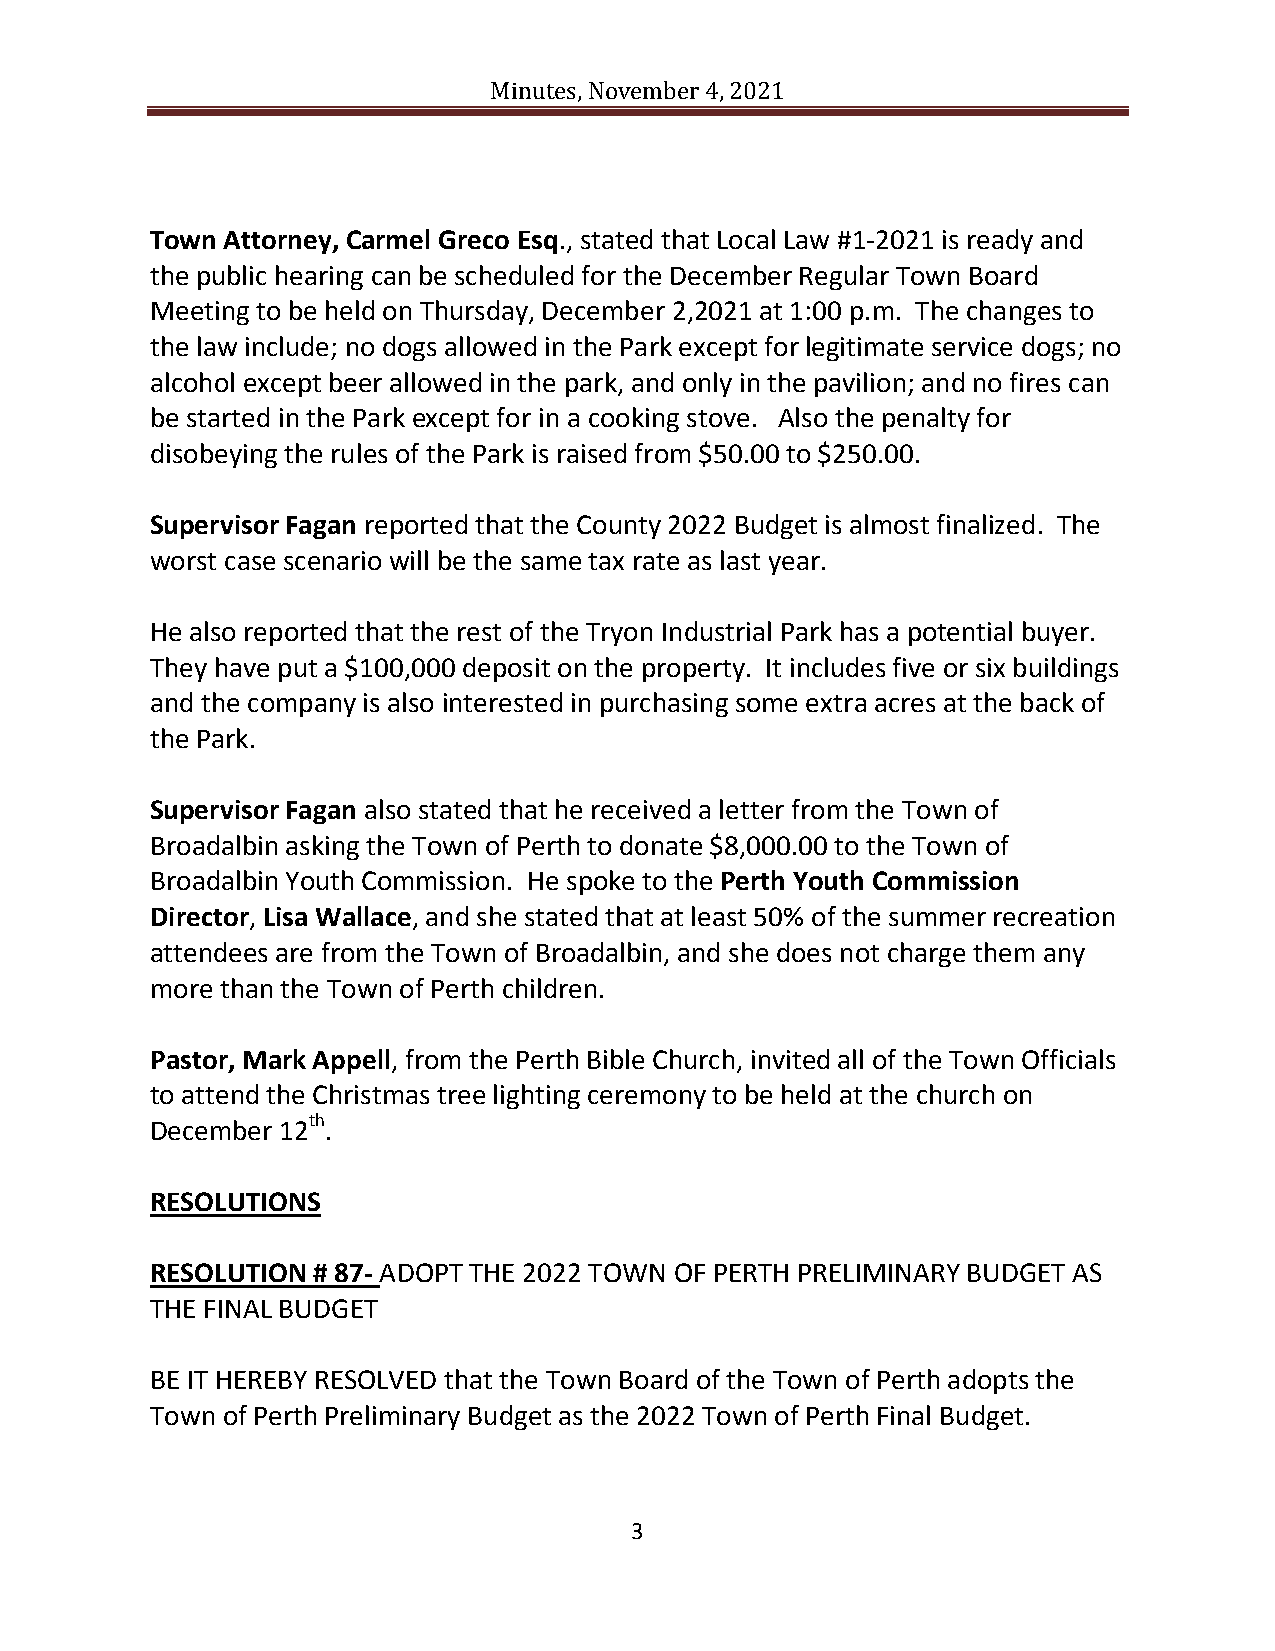
Minutes, November 4, 2021
 Town Attorney, Carmel Greco Esq., stated that Local Law #1-2021 is ready and
 the public hearing can be scheduled for the December Regular Town Board
 Meeting to be held on Thursday, December 2,2021 at 1:00 p.m. The changes to
 the law include; no dogs allowed in the Park except for legitimate service dogs; no
 alcohol except beer allowed in the park, and only in the pavilion; and no fires can
 be started in the Park except for in a cooking stove. Also the penalty for
 disobeying the rules of the Park is raised from $50.00 to $250.00.
 Supervisor Fagan reported that the County 2022 Budget is almost finalized. The
 worst case scenario will be the same tax rate as last year.
 He also reported that the rest of the Tryon Industrial Park has a potential buyer.
 They have put a $100,000 deposit on the property. It includes five or six buildings
 and the company is also interested in purchasing some extra acres at the back of
 the Park.
 Supervisor Fagan also stated that he received a letter from the Town of
 Broadalbin asking the Town of Perth to donate $8,000.00 to the Town of
 Broadalbin Youth Commission. He spoke to the Perth Youth Commission
 Director, Lisa Wallace, and she stated that at least 50% of the summer recreation
 attendees are from the Town of Broadalbin, and she does not charge them any
 more than the Town of Perth children.
 Pastor, Mark Appell, from the Perth Bible Church, invited all of the Town Officials
 to attend the Christmas tree lighting ceremony to be held at the church on
 December 12th.
 RESOLUTIONS
 RESOLUTION # 87- ADOPT THE 2022 TOWN OF PERTH PRELIMINARY BUDGET AS
 THE FINAL BUDGET
 BE IT HEREBY RESOLVED that the Town Board of the Town of Perth adopts the
 Town of Perth Preliminary Budget as the 2022 Town of Perth Final Budget.
 3